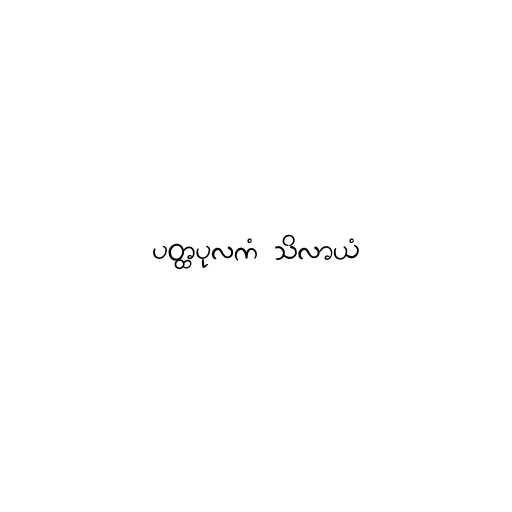
ပတ္ထပုလကံ သိလာယံ